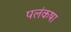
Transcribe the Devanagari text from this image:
पलंकषा